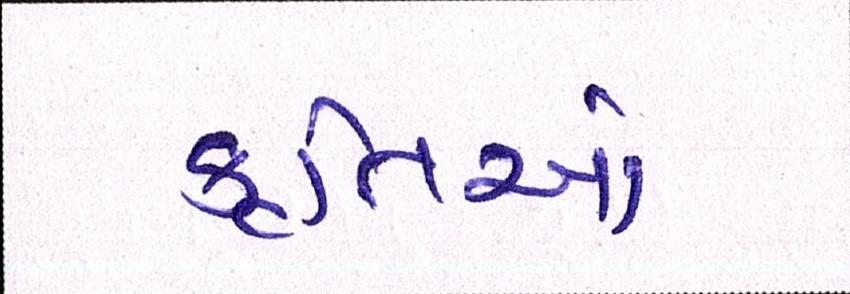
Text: કૃતિઓ